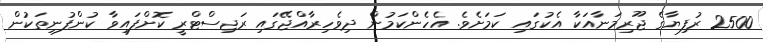
2500 ރުފިޔާގެ ޖޫރިމަނާއަކާ އެކުގައި ކަމަށެވެ. އެހެންކަމުން ދިވެހިރާއްޖޭގައި ރަޖިސްޓްރީ ކޮށްފައިވާ ކުންފުނިތަކުން